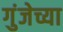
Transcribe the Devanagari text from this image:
गुंजेच्या